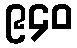
၉၄၀